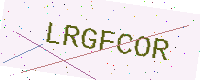
Text: LRGFCOR